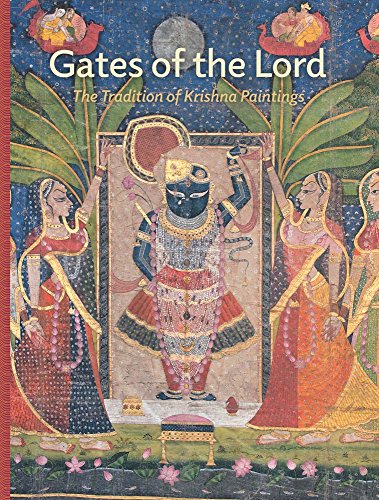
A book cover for Gates of the Lord: The Tradition of Krishna Paintings; Arts & Photography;